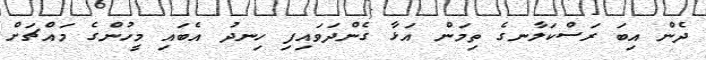
ދެން އިބަ ރަސްކަލާނގެ ތިމަން އަޅާ ގެންދަވައިފި ހިނދު އެބައި މީހުންގެ މައްޗަށް